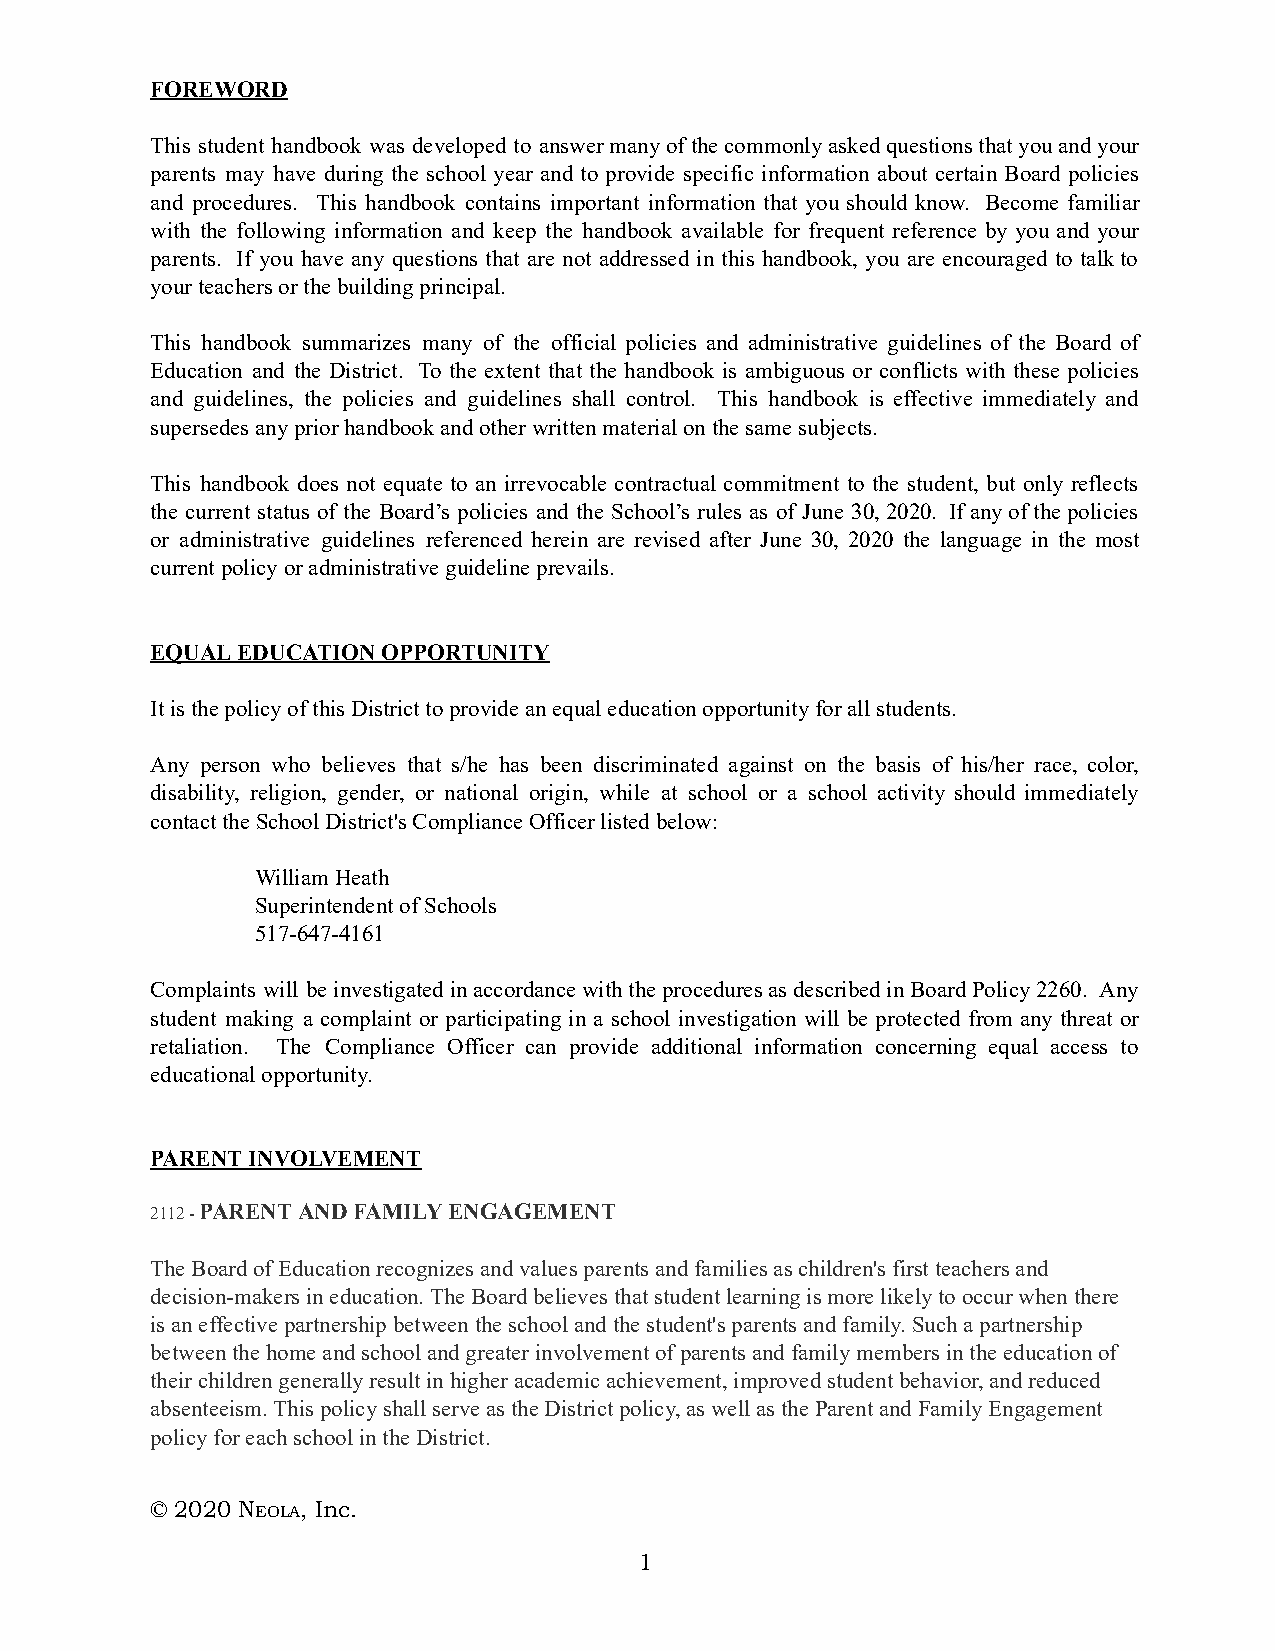
FOREWORD
 This student handbook was developed to answer many of the commonly asked questions that you and your
 parents may have during the school year and to provide specific information about certain Board policies
 and procedures. This handbook contains important information that you should know. Become familiar
 with the following information and keep the handbook available for frequent reference by you and your
 parents. If you have any questions that are not addressed in this handbook, you are encouraged to talk to
 your teachers or the building principal.
 This handbook summarizes many of the official policies and administrative guidelines of the Board of
 Education and the District. To the extent that the handbook is ambiguous or conflicts with these policies
 and guidelines, the policies and guidelines shall control. This handbook is effective immediately and
 supersedes any prior handbook and other written material on the same subjects.
 This handbook does not equate to an irrevocable contractual commitment to the student, but only reflects
 the current status of the Board’s policies and the School’s rules as of June 30, 2020. If any of the policies
 or administrative guidelines referenced herein are revised after June 30, 2020 the language in the most
 current policy or administrative guideline prevails.
 EQUAL EDUCATION OPPORTUNITY
 It is the policy of this District to provide an equal education opportunity for all students.
 Any person who believes that s/he has been discriminated against on the basis of his/her race, color,
 disability, religion, gender, or national origin, while at school or a school activity should immediately
 contact the School District's Compliance Officer listed below:
 William Heath
 Superintendent of Schools
 517-647-4161
 Complaints will be investigated in accordance with the procedures as described in Board Policy 2260. Any
 student making a complaint or participating in a school investigation will be protected from any threat or
 retaliation. The Compliance Officer can provide additional information concerning equal access to
 educational opportunity.
 PARENT INVOLVEMENT
 2112 - P ARENT AND FAMILY ENGAGEMENT
 The Board of Education recognizes and values parents and families as children's first teachers and
 decision-makers in education. The Board believes that student learning is more likely to occur when there
 is an effective partnership between the school and the student's parents and family. Such a partnership
 between the home and school and greater involvement of parents and family members in the education of
 their children generally result in higher academic achievement, improved student behavior, and reduced
 absenteeism. This policy shall serve as the District policy, as well as the Parent and Family Engagement
 policy for each school in the District.
 © 2020 NE OLA, Inc.
 1